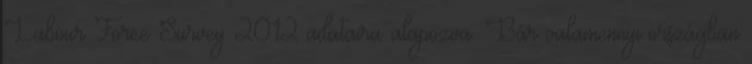
Labour Force Survey 2012 adataira alapozva. Bár valamennyi országban